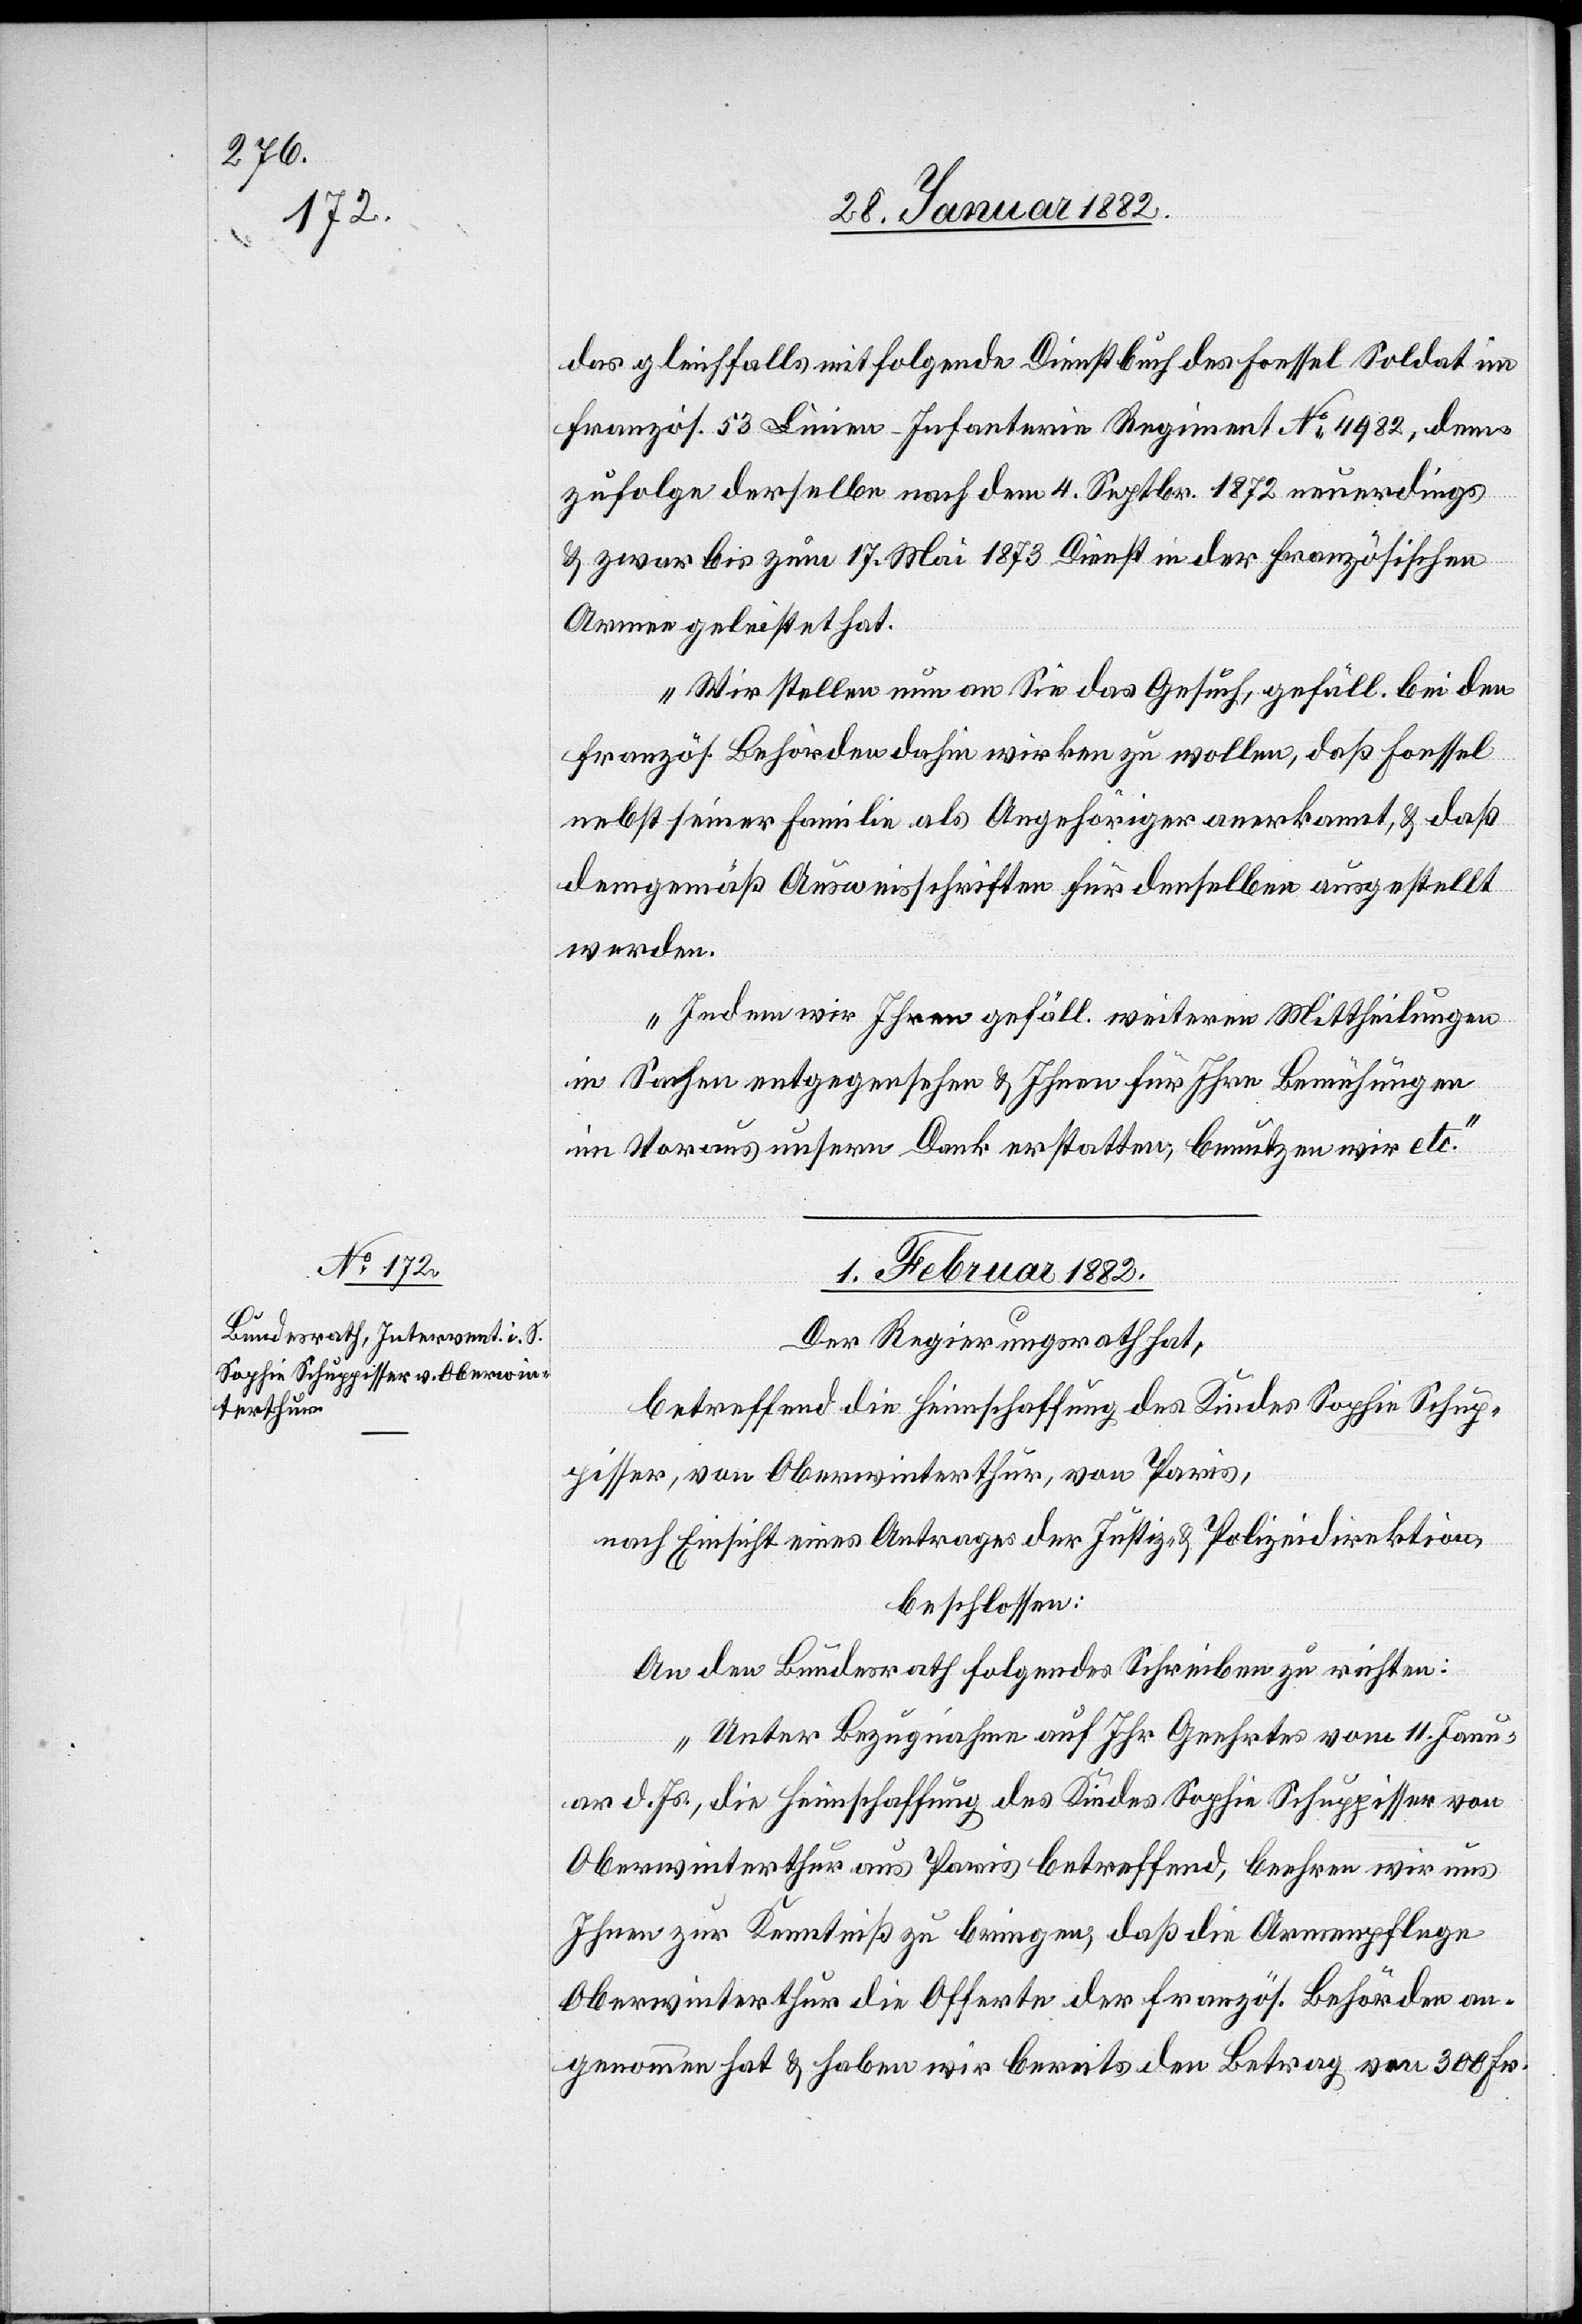
das gleichfalls mitfolgende Dienstbuch des Foessel Soldat im
französ. 53 Linie-Infanterie Regiment No 4982, dem¬
zufolge derselben nach dem 4. Septbr. 1872 neuerdings
& zwar bis zum 17. Mai 1873 Dienst in der französischen
Armee geleistet hat.
Wir stellen nun an Sie das Gesuch, gefäll. bei den
französ. Behörden dahin wirken zu wollen, daß Foessel
nebst seiner Familie als Angehöriger anerkannt, & daß
demgemäß Ausweisschriften für denselben ausgestellt
werden.
Indem wir Ihnen gefäll. weiteren Mittheilungen
in Sachen entgegensehen & Ihnen für Ihre Bemühungen
im Voraus Unseren Dank erstatten, benutzen wir etc.“
01. Februar 1882
Der Regierungsrath hat,
betreffend die Heimschaffung des Kindes Sophie Schup¬
pisser, von Oberwinterthur, von Paris,
nach Einsicht eines Antrages der Justiz- & Polizeidirektion,
beschlossen:
An den Bundesrath folgendes Schreiben zu richten:
„Unter Bezugnahme auf Ihr Geehrtes vom 11. Janu¬
ar d. Js., die Heimschaffung des Kindes Sophie Schuppisser von
Oberwinterthur aus Paris betreffend, beehren wir uns
Ihnen zur Kenntniß zu bringen, daß die Armenpflege
Oberwinterthur die Offerte der französ. Behörde an¬
genommen hat & haben wir bereits den Betrag von 300 Fr.